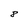
Character: 8